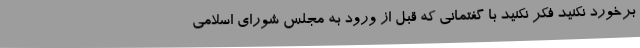
برخورد نکنید فکر نکنید با گفتمانی که قبل از ورود به مجلس شورای اسلامی